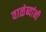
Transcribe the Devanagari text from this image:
वाळंब्यांनी